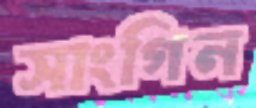
সাংগিন